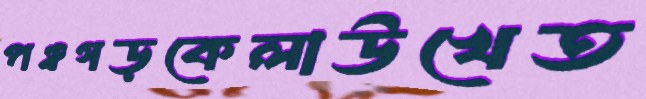
পঞ্চগড়কেলাউখেত